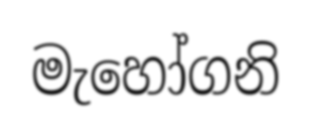
මැහෝගනි